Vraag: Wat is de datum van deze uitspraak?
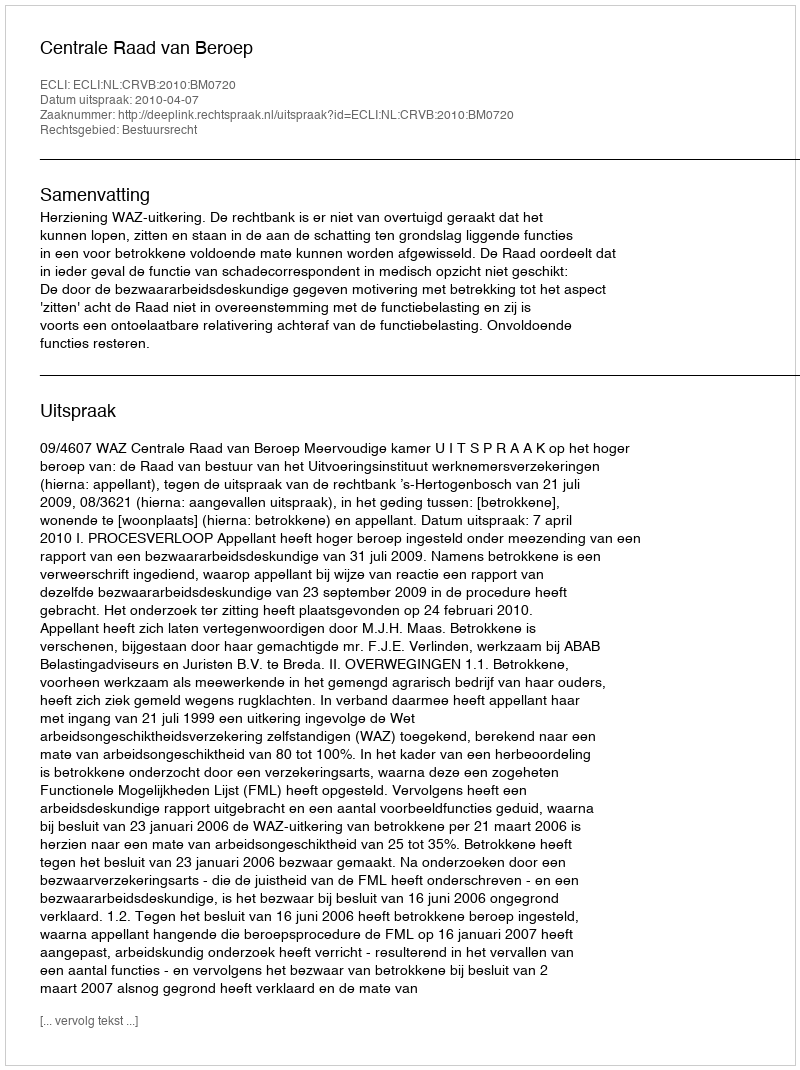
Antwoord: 2010-04-07